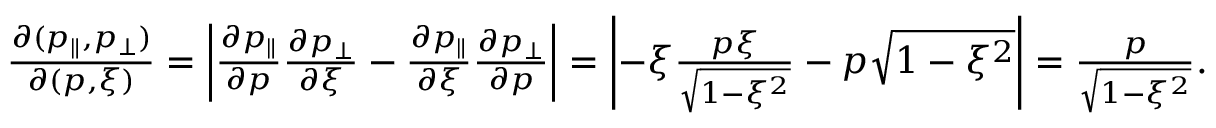
\begin{array} { r } { \frac { \partial ( p _ { \parallel } , p _ { \perp } ) } { \partial ( p , \xi ) } = \left| \frac { \partial p _ { \parallel } } { \partial p } \frac { \partial p _ { \perp } } { \partial \xi } - \frac { \partial p _ { \parallel } } { \partial \xi } \frac { \partial p _ { \perp } } { \partial p } \right| = \left| - \xi \frac { p \xi } { \sqrt { 1 - \xi ^ { 2 } } } - p \sqrt { 1 - \xi ^ { 2 } } \right| = \frac { p } { \sqrt { 1 - \xi ^ { 2 } } } . } \end{array}